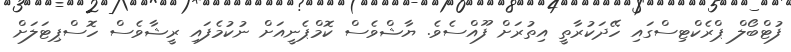
ފުޓްބޯލް ޕްރެކްޓިސްގައި ހޭދަކުރާތީ އިތުރަށް ފޫއްސެވެ. ޔާޝްވެސް ކޮމްޕެނީއަށް ނުކުމެފައި ރީޝާވެސް ހޮސްޕިޓަލަށް